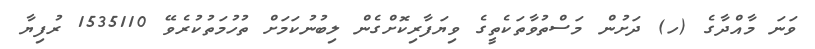
ވަނަ މާއްދާގެ (ހ) ދަށުން މަސްތުވާތަކެތީގެ ވިޔަފާރިކޮށްގެން ލިބުނުކަމަށް ތުހުމަތުކުރެވޭ 1535110 ރުފިޔާ